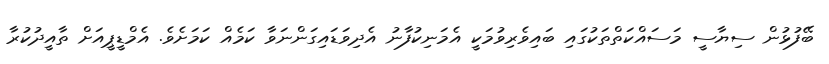
ބޭފުޅުން ސިޔާސީ މަސައްކަތްތަކުގައި ބައިވެރިވުމަކީ އެމަނިކުފާނު އެދިވަޑައިގަންނަވާ ކަމެއް ކަމަށެވެ. އެމްޑީޕީއަށް ތާއީދުކުރާ